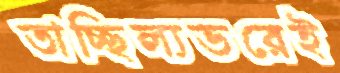
তাচ্ছিল্যভরেই